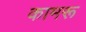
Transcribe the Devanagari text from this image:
कामरू